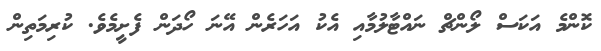
ކޮންމެ އަކަސް ލޯންޗް ނައްޓާލުމާއި އެކު އަހަރެން އޭނަ ހޯދަން ފެށީމެވެ. ކުރިމަތިން